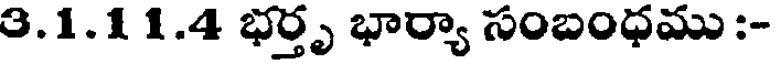
3.1.1 1.4 భర్తృ భార్యా సంబంధము :-